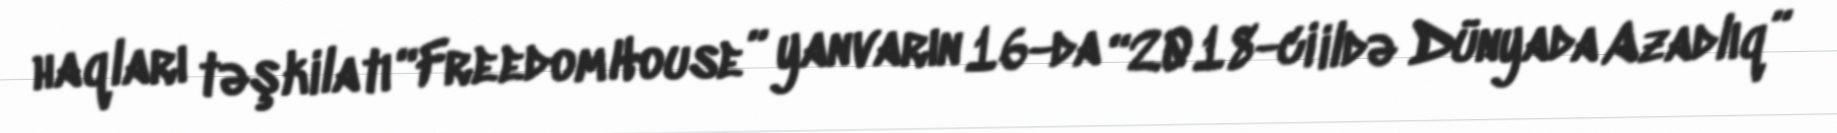
haqları təşkilatı “Freedom House” yanvarın 16-da “2018-ci ildə Dünyada Azadlıq”